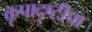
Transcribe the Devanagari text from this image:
कृपादृष्टीचा